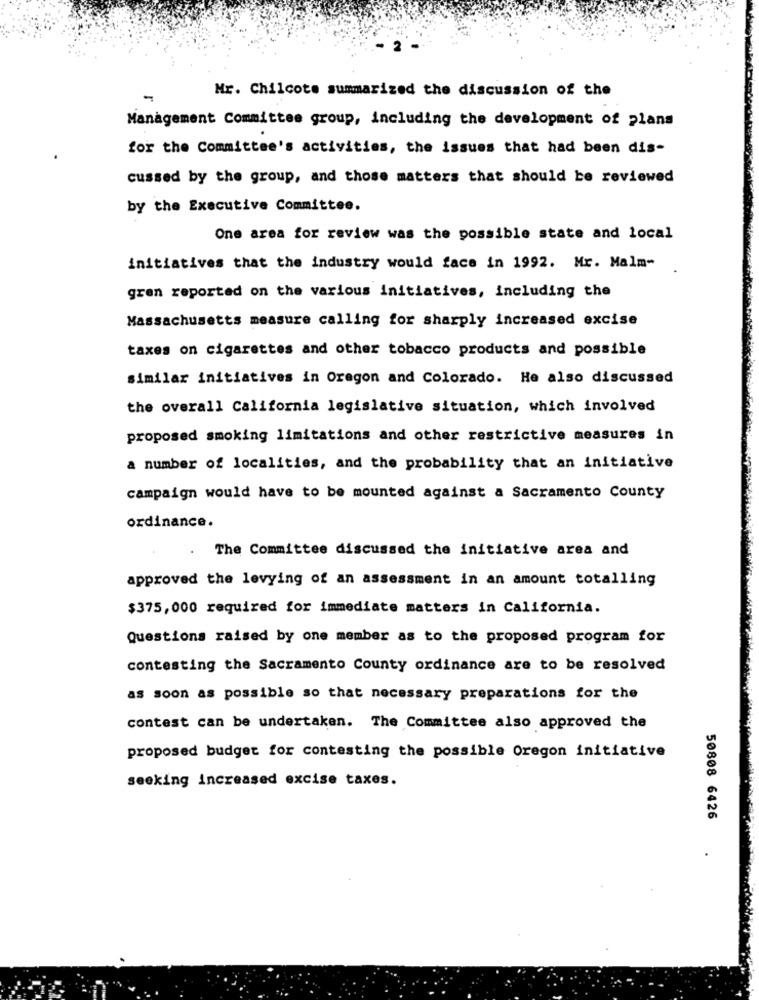
Mr. Chilcote summarized the discussion of the
Management Committee group, including the development of plans
for the Committee's activities, the issues that had been dis-
cussed by the group, and those matters that should be reviewed
by the Executive Committee.
One area for review was the possible state and local
initiatives that the industry would face in 1992. Mr. Malm-
gren reported on the various initiatives, including the
Massachusetts measure calling for sharply increased excise
taxes on cigarettes and other tobacco products and possible
similar initiatives in Oregon and Colorado. He also discussed
the overall California legislative situation, which involved
proposed smoking limitations and other restrictive measures in
a number of localities, and the probability that an initiative
campaign would have to be mounted against a Sacramento County
ordinance.
The Committee discussed the initiative area and
approved the levying of an assessment in an amount totalling
$375, 000 required for immediate matters in California.
Questions raised by one member as to the proposed program for
contesting the Sacramento County ordinance are to be resolved
as soon as possible so that necessary preparations for the
contest can be undertaken. The Committee also approved the
proposed budget for contesting the possible Oregon initiative
seeking increased excise taxes.
50808 6426